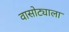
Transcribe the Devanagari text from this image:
वासोट्याला